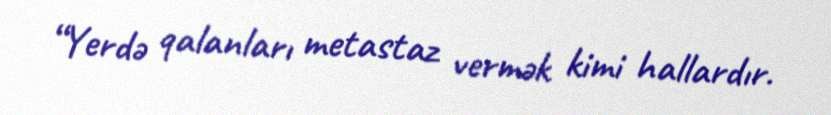
“Yerdə qalanları metastaz vermək kimi hallardır.